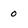
Character: 0